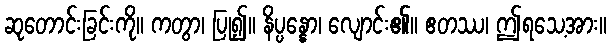
ဆုတောင်းခြင်းကို။ ကတွာ၊ ပြု၍။ နိပ္ပန္နော၊ လျောင်း၏။ ဧတဿ၊ ဤရသေ့အား။